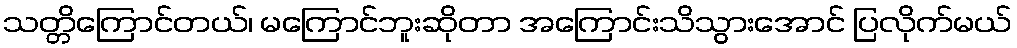
သတ္တိကြောင်တယ်၊ မကြောင်ဘူးဆိုတာ အကြောင်းသိသွားအောင် ပြလိုက်မယ်